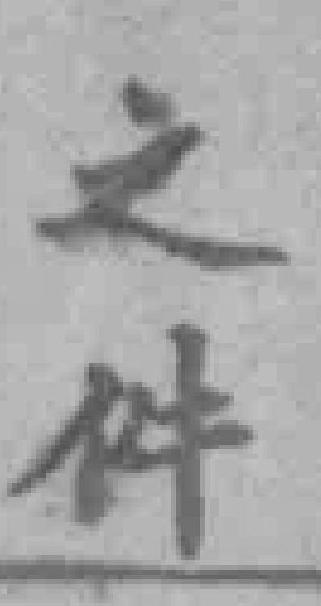
之件